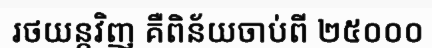
រថយន្តវិញ គឺពិន័យចាប់ពី ២៥០០០